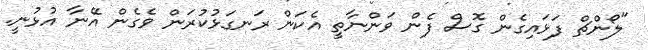
"ލޯންޗް ފަޅައިގެން ގޮސް ފެން ވަންނާތީ އެކަން ރަނގަޅުކުރަން ވެގެން އޭނާ އުޅުނީ.